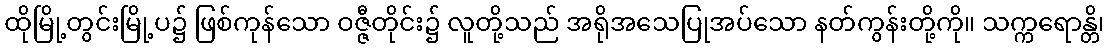
ထိုမြို့တွင်းမြို့ပ၌ ဖြစ်ကုန်သော ဝဇ္ဇီတိုင်း၌ လူတို့သည် အရိုအသေပြုအပ်သော နတ်ကွန်းတို့ကို။ သက္ကရောန္တိ၊